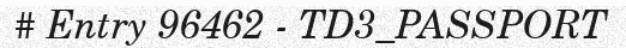
# Entry 96462 - TD3_PASSPORT